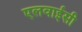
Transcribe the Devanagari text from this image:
एलवाईसी